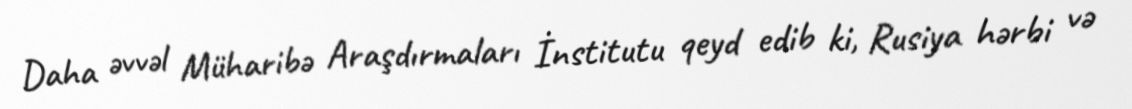
Daha əvvəl Müharibə Araşdırmaları İnstitutu qeyd edib ki, Rusiya hərbi və